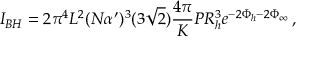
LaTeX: I _ { B H } = 2 \pi ^ { 4 } L ^ { 2 } ( N \alpha ^ { \prime } ) ^ { 3 } ( 3 \sqrt { 2 } ) \frac { 4 \pi } { K } { \cal P } R _ { h } ^ { 3 } e ^ { - 2 \Phi _ { h } - 2 \Phi _ { \infty } } \, ,